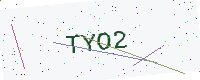
Text: TYO2